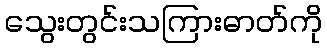
သွေးတွင်းသကြားဓာတ်ကို